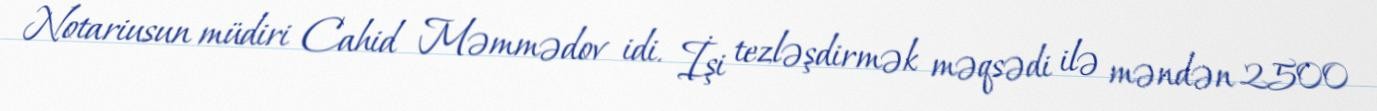
Notariusun müdiri Cahid Məmmədov idi. İşi tezləşdirmək məqsədi ilə məndən 2500